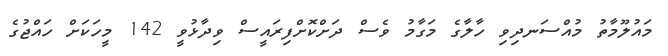
މައުލޫމާތު މުއްސަނދިވި ހާލާގެ މަގާމު ވެސް ދަށްކޮށްފިރައީސް ވިދާޅުވީ 142 މީހަކަށް ހައްޖުގެ